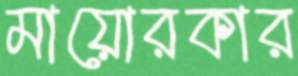
মায়োরকার